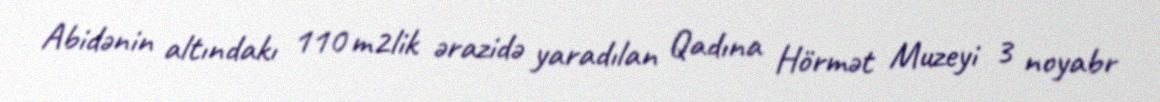
Abidənin altındakı 110 m2lik ərazidə yaradılan Qadına Hörmət Muzeyi 3 noyabr